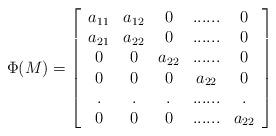
LaTeX: \begin{align*} \Phi(M)=\left[\begin{array}{ccccc} a_{11} & a_{12} & 0 &...... &0\\ a_{21} & a_{22} & 0 & ......& 0\\ 0& 0 & a_{22} & ......& 0\\ 0&0 &0 & a_{22}&0 \\ .& .& .&.... ..& . \\ 0 & 0 & 0& ......& a_{22} \end{array}\right] \end{align*}